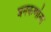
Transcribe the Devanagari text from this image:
घनकणांना